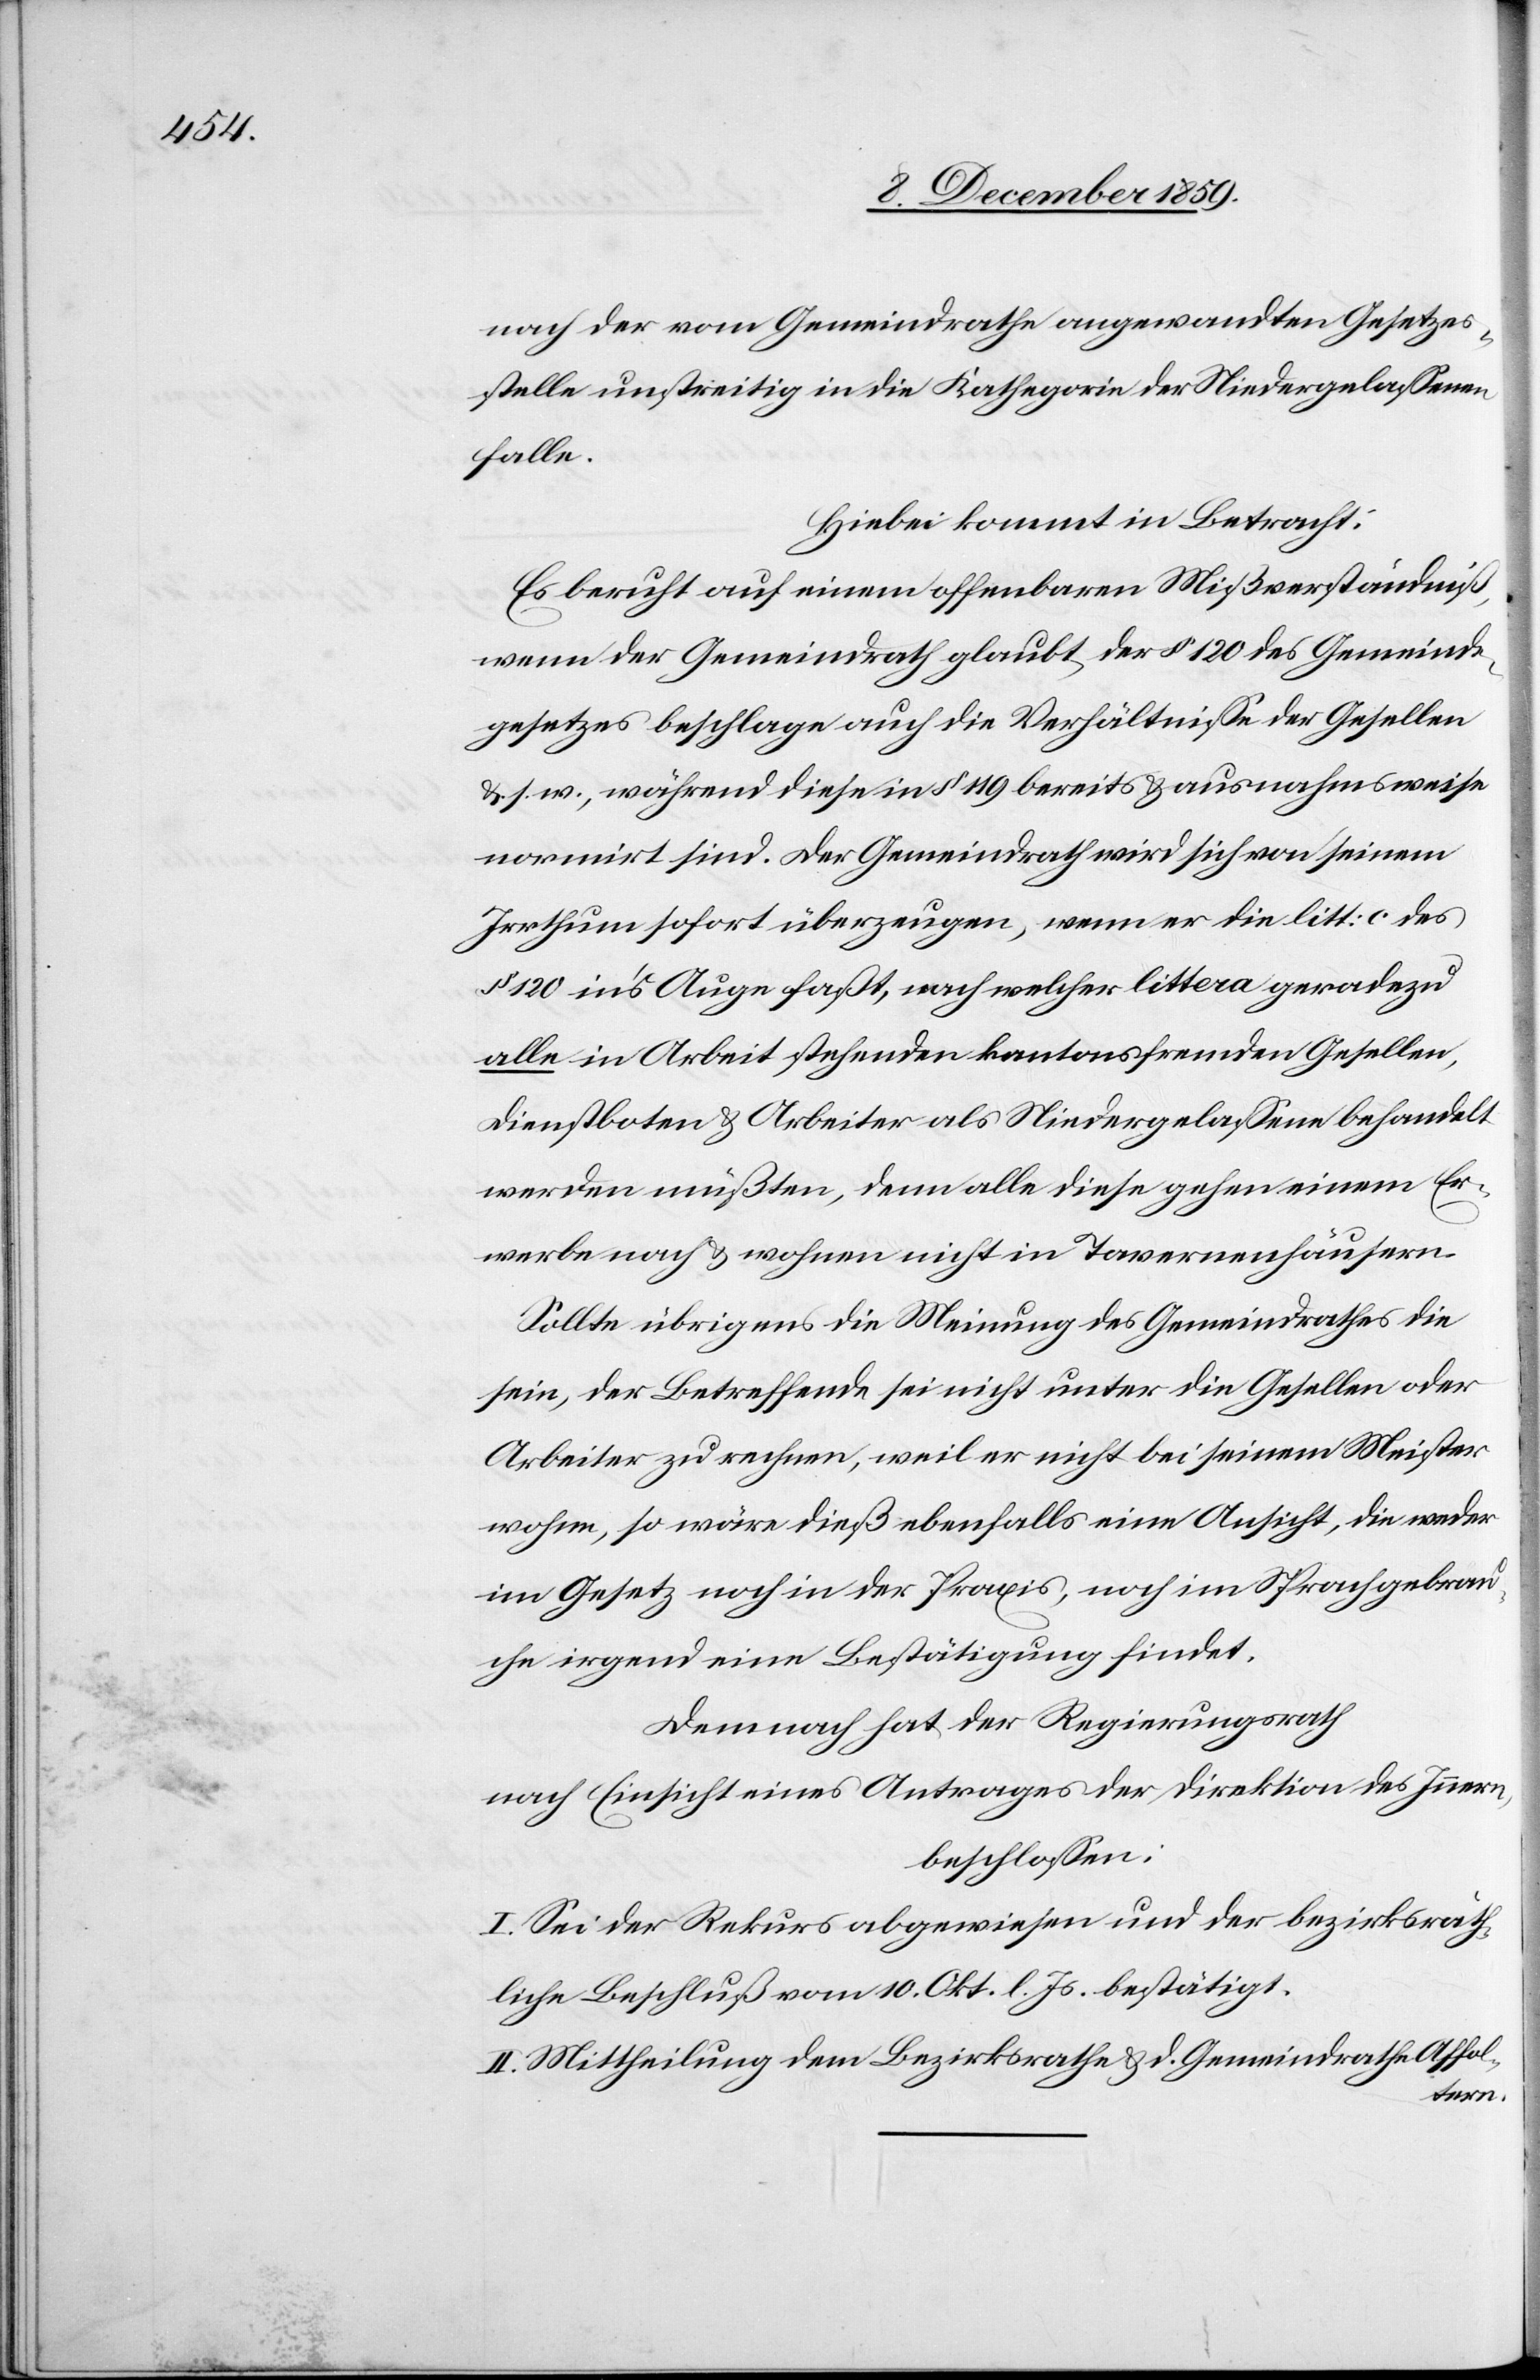
nach der vom Gemeindrath angewandten Gesetzes¬
stelle unstreitig in die Kathegorie der Niedergelassenen
falle.
Hiebei kommt in Betracht:
Es beruht auf einem offenbaren Mißverständniß,
wenn der Gemeindrath glaubt, der § 120 des Gemeinde¬
gesetzes beschlage auch die Verhältnisse der Gesellen
& s. v., während diese in § 119 bereits & ausnahmsweise
normirt sind. Der Gemeindrath wird sich von seinem
Irrthum sofort überzeugen, wenn er die litt: c des
§ 120 in’s Auge faßt, nach welcher littera geradezu
alle in Arbeit stehenden kantonsfremden Gesellen,
Dienstboten & Arbeiter als Niedergelassen behandelt
werden müßten, denn alle diese gehen einem Er¬
werbe nach & wohnen nicht in Tavernenhäusern.
Sollte übrigens die Meinung des Gemeindrathes die
sein, der Betreffende sei nicht unter die Gesellen oder
Arbeiter zu rechnen, weil er nicht bei seinem Meister
wohne, so wäre dieß ebenfalls eine Ansicht, die weder
im Gesetz noch in der Praxis, noch im Sprachgebrau¬
ch irgend eine Bestätigung findet.
Demnach hat der Regierungsrath
nach Einsicht eines Antrages der Direktion des Innern,
beschlossen:
I. Sei der Rekurs abgewiesen und der bezirksräth¬
liche Beschluß vom 10. Okt. l. Js. bestätigt.
II. Mittheilung dem Bezirksrathe & d. Gemeindrathe Affol¬
tern.